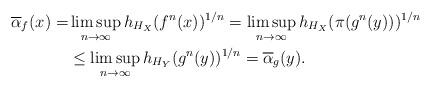
LaTeX: \begin{align*}\overline{\alpha}_{f}(x)=&\limsup_{n\to \infty}h_{H_{X}}(f^{n}(x))^{1/n}=\limsup_{n\to \infty}h_{H_{X}}(\pi(g^{n}(y)))^{1/n}\\&\leq \limsup_{n\to \infty}h_{H_{Y}}(g^{n}(y))^{1/n}= \overline{\alpha}_{g}(y).\end{align*}